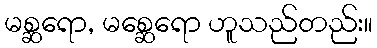
မစ္ဆရော, မစ္ဆေရော ဟူသည်တည်း။